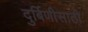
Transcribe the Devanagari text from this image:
दुर्बिणीसाठी